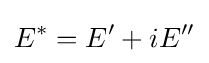
E^{*}=E'+iE''